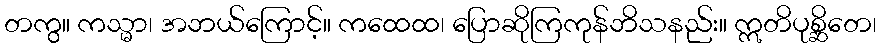
တကွ။ ကသ္မာ၊ အဘယ်ကြောင့်။ ကထေထ၊ ပြောဆိုကြကုန်ဘိသနည်း။ ဣတိပုစ္ဆိတေ၊